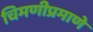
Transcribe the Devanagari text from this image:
चिमणीप्रमाणे